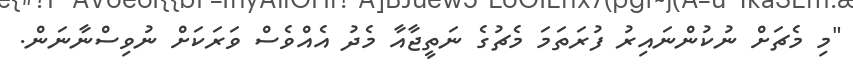
"މި މެޗަށް ނުކުންނައިރު ފުރަތަމަ މެޗުގެ ނަތީޖާއާ މެދު އެއްވެސް ވަރަކަށް ނުވިސްނާނަން.